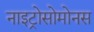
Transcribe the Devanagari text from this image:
नाइट्रोसोमोनस